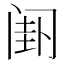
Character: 𬮯